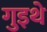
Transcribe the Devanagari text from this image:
गुइथे